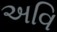
અવિ